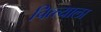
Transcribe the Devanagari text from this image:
चित्त्याला